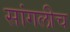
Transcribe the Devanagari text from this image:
सांगलीच